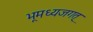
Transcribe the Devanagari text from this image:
भूमध्यजगत्‌